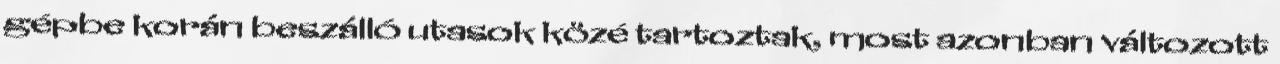
gépbe korán beszálló utasok közé tartoztak, most azonban változott